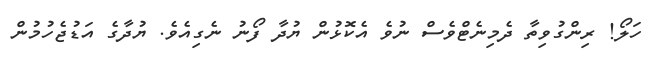
ހަލޯ! ރިންގުވިތާ ދެމިނެޓްވެސް ނުވެ އެކޮޅުން ޔުދާ ފޯނު ނެގިއެވެ. ޔުދާގެ އަޑުޖެހުމުން